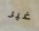
غير